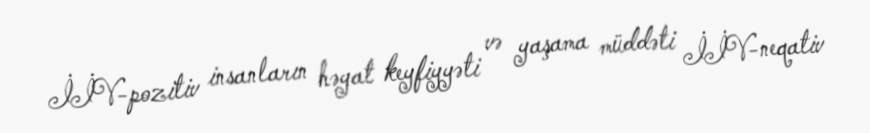
İİV-pozitiv insanların həyat keyfiyyəti və yaşama müddəti İİV-neqativ